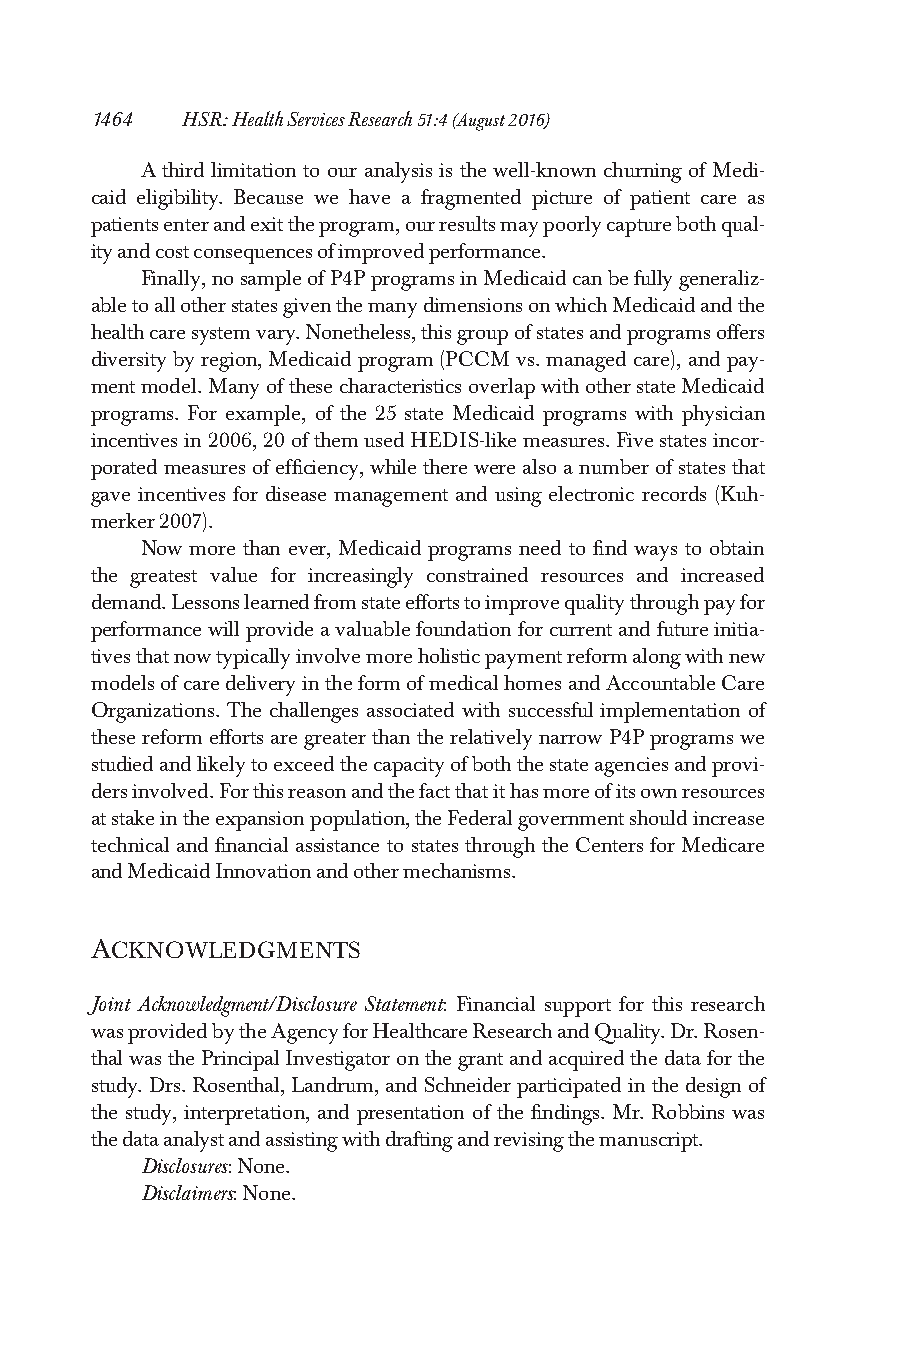
1464  HSR:HealthServicesResearch51:4(August2016)
 A third limitation to our analysis is the well-known churning of Medi-
 caid eligibility. Because we have a fragmented picture of patient care as
 patientsenterandexittheprogram,ourresultsmaypoorlycapturebothqual-
 ityandcostconsequencesofimprovedperformance.
 Finally,nosampleofP4PprogramsinMedicaidcanbefullygeneraliz-
 abletoallotherstatesgiventhemanydimensionsonwhichMedicaidandthe
 healthcaresystemvary.Nonetheless,thisgroupofstatesandprogramsoffers
 diversitybyregion,Medicaidprogram(PCCM vs.managedcare),andpay-
 mentmodel.ManyofthesecharacteristicsoverlapwithotherstateMedicaid
 programs. For example, of the 25 state Medicaid programs with physician
 incentivesin2006,20ofthemusedHEDIS-likemeasures.Fivestatesincor-
 poratedmeasuresofefficiency,whiletherewerealsoanumberofstatesthat
 gave incentives for disease management and using electronic records (Kuh-
 merker2007).
 Now more than ever, Medicaid programs need to find ways to obtain
 the greatest value for increasingly constrained resources and increased
 demand.Lessonslearnedfromstateeffortstoimprovequalitythroughpayfor
 performancewillprovideavaluablefoundationforcurrentandfutureinitia-
 tivesthatnowtypicallyinvolvemoreholisticpaymentreformalongwithnew
 modelsofcaredeliveryintheformofmedicalhomesandAccountableCare
 Organizations. The challenges associated with successful implementation of
 these reform efforts are greater than the relatively narrow P4P programs we
 studiedandlikelytoexceedthecapacityofboththestateagenciesandprovi-
 dersinvolved.Forthisreasonandthefactthatithasmoreofitsownresources
 atstakeintheexpansionpopulation,theFederalgovernmentshouldincrease
 technical and financial assistance to states through the Centers for Medicare
 andMedicaidInnovationandothermechanisms.
 ACKNOWLEDGMENTS
 Joint Acknowledgment/Disclosure Statement: Financial support for this research
 wasprovidedbytheAgencyforHealthcareResearchandQuality.Dr.Rosen-
 thalwasthePrincipalInvestigatoronthegrantandacquiredthedataforthe
 study.Drs.Rosenthal,Landrum,andSchneiderparticipatedinthedesignof
 the study, interpretation, and presentation of the findings. Mr. Robbins was
 thedataanalystandassistingwithdraftingandrevisingthemanuscript.
 Disclosures:None.
 Disclaimers:None.